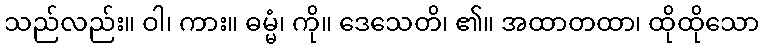
သည်လည်း။ ဝါ၊ ကား။ ဓမ္မံ၊ ကို။ ဒေသေတိ၊ ၏။ အထာတထာ၊ ထိုထိုသော